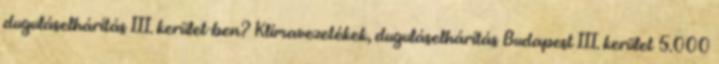
duguláselhárítás III. kerület-ben? Klímavezetékek, duguláselhárítás Budapest III. kerület 5.000